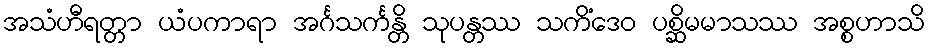
အသံဟီရတ္တာ ယံပကာရာ အင်္ဂသင်္ကန္တိ သုပန္တဿ သကိံဒေဝ ပစ္ဆိမမာသဿ အစ္စဟာသိ